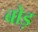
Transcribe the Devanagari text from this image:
बोड़